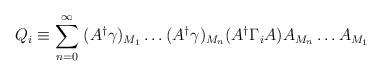
LaTeX: \begin{align*}Q_{i} \equiv \sum_{n=0}^{\infty} \; (A^{\dagger} \gamma)_{M_{1}} \ldots (A^{\dagger}\gamma)_{M_{n}}(A^{\dagger} \Gamma_{i} A)A_{M_{n}} \ldots A_{M_{1}}\end{align*}